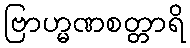
ဗြာဟ္မဏစတ္တာရိ